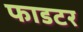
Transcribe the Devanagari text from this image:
फाडटर